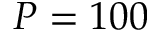
P = 1 0 0